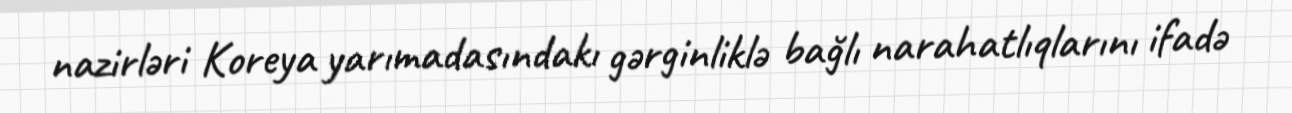
nazirləri Koreya yarımadasındakı gərginliklə bağlı narahatlıqlarını ifadə